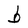
Character: b